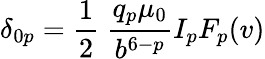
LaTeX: \delta_{0p}={\frac{1}{2}}~{\frac{q_{p}\mu_{0}}{b^{6-p}}}I_{p}F_{p}(v)